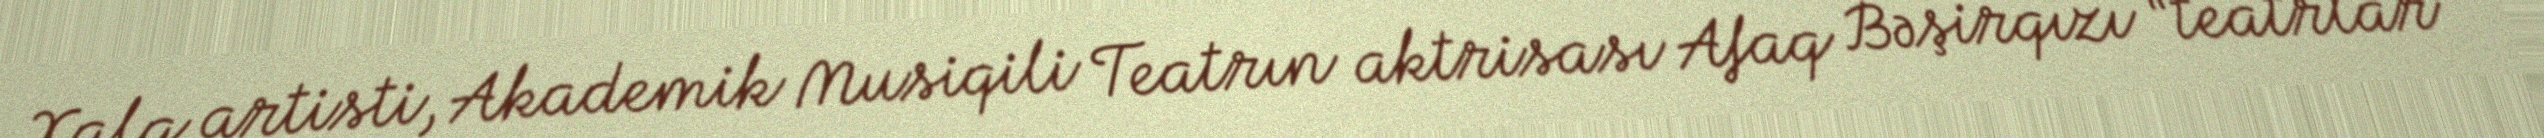
Xalq artisti, Akademik Musiqili Teatrın aktrisası Afaq Bəşirqızı “teatrlar